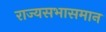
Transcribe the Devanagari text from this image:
राज्यसभासमान